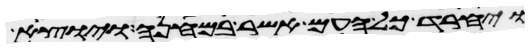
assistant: ויחרד כל העם אשר במחנה ויוצא